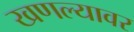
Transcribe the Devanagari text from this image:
खणल्यावर